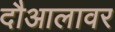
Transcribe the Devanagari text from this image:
दौआलावर